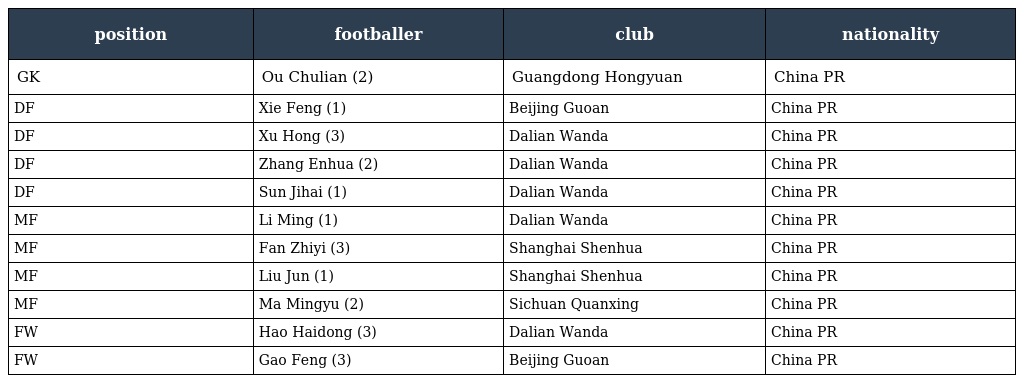
| position | footballer | club | nationality |
 | --- | --- | --- | --- |
 | GK | Ou Chulian (2) | Guangdong Hongyuan | China PR |
 | DF | Xie Feng (1) | Beijing Guoan | China PR |
 | DF | Xu Hong (3) | Dalian Wanda | China PR |
 | DF | Zhang Enhua (2) | Dalian Wanda | China PR |
 | DF | Sun Jihai (1) | Dalian Wanda | China PR |
 | MF | Li Ming (1) | Dalian Wanda | China PR |
 | MF | Fan Zhiyi (3) | Shanghai Shenhua | China PR |
 | MF | Liu Jun (1) | Shanghai Shenhua | China PR |
 | MF | Ma Mingyu (2) | Sichuan Quanxing | China PR |
 | FW | Hao Haidong (3) | Dalian Wanda | China PR |
 | FW | Gao Feng (3) | Beijing Guoan | China PR |